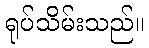
ရုပ်သိမ်းသည်။